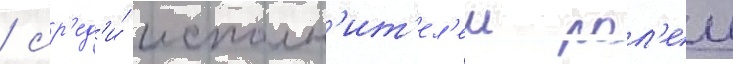
/ ср'ед'и́ исполн'ит'ел'еи рол'еи